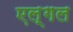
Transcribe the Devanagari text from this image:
एल्गल